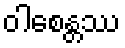
ဝါစေန္တဿ